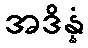
အဒိန္နံ